Annual report on the lock hospitals of the Madras Presidency
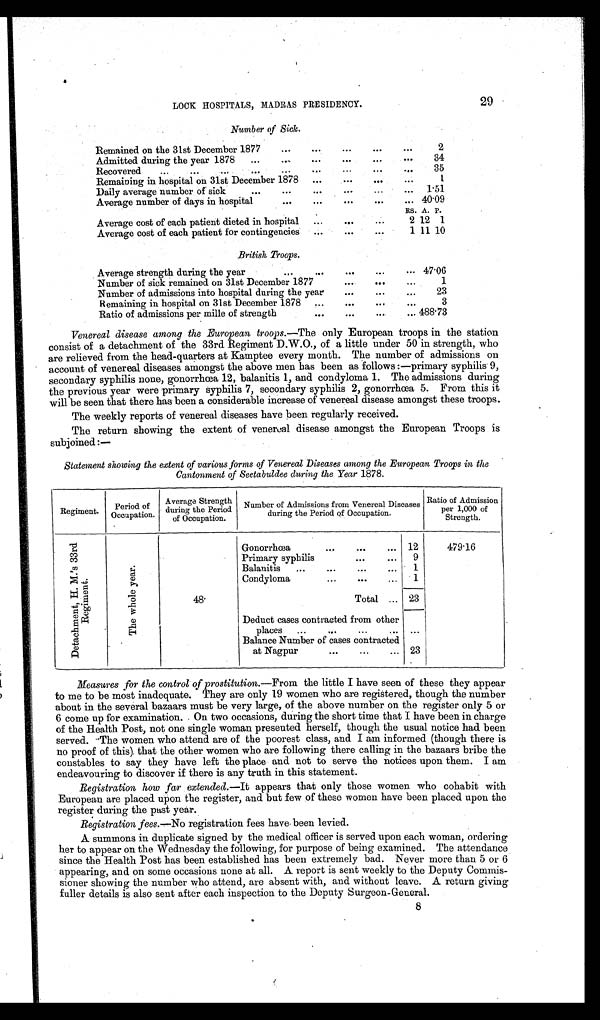
29
LOCK HOSPITALS, MADRAS PRESIDENCY.
Number of Sick.
Remained on the 31st December 1877
...
...
...
...
...
2
Admitted during the year 1878 ...
....
...
...
...
...
34
Recovered
...
...
...
......
...
. . .
35
Remaining in hospital on 31st December 1878 ...
1
Daily average number of sick
...
...
...
...
...
... 1.51
Average number of days in hospital
...
...
...
...
... 40.09
RS. A. P.
Average cost of each patient dieted in hospital ...
...
...
2 12 1
Average cost of each patient for contingencies ...
...
...
1 11 10
British Troops.
Average strength during the year
...
...
...
...
... 47.06
Number of sick remained on 31st December 1877
...
. . .
. . .
1
Number of admissions into hospital during the year
...
...
...
23
Remaining in hospital on 31st December 1878
...
. . .
. . .
3
Ratio of admissions per mille of strength
...
...
...
... 488.73
Venereal disease among the European troops.—The only European troops in the station
consist of a detachment of the 33rd Regiment D.W.O., of a little under 50 in strength, who
are relieved from the head-quarters at Kamptee every month. The number of admissions on
account of venereal diseases amongst the above men has been as follows :—primary syphilis 9,
secondary syphilis none, gonorrhœa 12, balanitis 1, and condyloma 1. The admissions during
the previous year were primary syphilis 7, secondary syphilis 2, gonorrhœa 5. From this it
will be seen that there has been a considerable increase of venereal disease amongst these troops.
The weekly reports of venereal diseases have been regularly received.
The return showing the extent of venereal disease amongst the European Troops is
subjoined:—
Statement showing the extent of various forms of Venereal Diseases among the European Troops in the
Cantonment of Seetabuldee during the Year 1878.
Regiment. Period of
Occupation.
Average Strength
during the Period
of Occupation.
Number of Admissions from Venereal Diseases
during the Period of Occupation.
Ratio of Admission
per 1,000 of
Strength.
D e t a c h m e n t , H . M . ' s 3 3 r d R e g i m e n t .
T h e w h o l e y e a r .
48.
Gonorrhœa
...
... 12
4 7 9 . 1 6
Primary syphilis
...
... 9
Balanitis ...
...
...
... 1
Condyloma
...
...
... 1
Total ... 23
Deduct cases contracted from other
places ...
...
...
... ...
Balance Number of cases contracted
at Nagpur
...
...
... 23
Measures for the control of prostitution.— From the little I have seen of these they appear
to me to be most inadequate. They are only 19 women who are registered, though the number
about in the several bazaars must be very large, of the above number on the register only 5 or
6 come up for examination. On two occasions, during the short time that I have been in charge
of the Health Post, not one single woman presented herself, though the usual notice had been
served. The women who attend are of the poorest class, and I am informed (though there is
no proof of this) that the other women who are following there calling in the bazaars bribe the
constables to say they have left the place and not to serve the notices upon them. I am
endeavouring to discover if there is any truth in this statement.
Registration how far extended.— It appears that only those women who cohabit with
European are placed upon the register, and but few of these women have been placed upon the
register during the past year.
Registration fees.—No registration fees have been levied.
A summons in duplicate signed by the medical officer is served upon each woman, ordering
her to appear on the Wednesday the following, for purpose of being examined. The attendance
since the Health Post has been established has been extremely bad. Never more than 5 or 6
appearing, and on some occasions none at all. A report is sent weekly to the Deputy Commis-
sioner showing the number who attend, are absent with, and without leave. A return giving
fuller details is also sent after each inspection to the Deputy Surgeon-General.
8